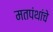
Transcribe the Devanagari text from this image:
मतपंथांचे